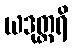
ယဒုတ္တရိ